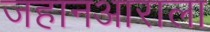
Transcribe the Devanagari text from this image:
जहानआराला